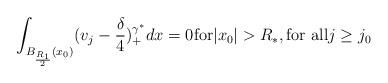
LaTeX: \begin{align*}\int_{B_{\frac{R_1}{2}}(x_{0})}(v_{j} - \frac{\delta}{4})_{+}^{\gamma^*}dx=0\mbox{for} \vert x_{0} \vert > R_{*}, \mbox{for all} j \geq j_0\end{align*}